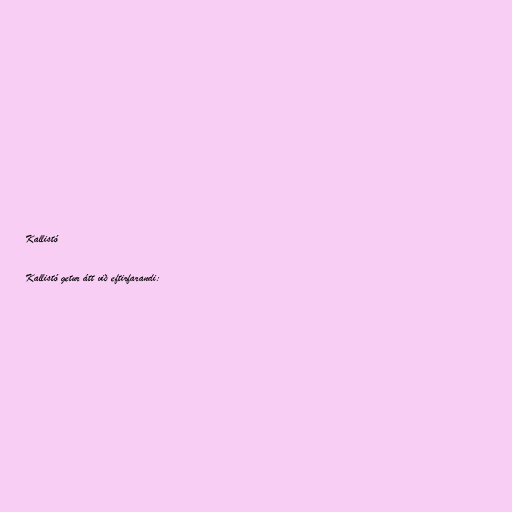
Kallistó

Kallistó getur átt við eftirfarandi: